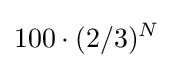
100\cdot (2/3)^{N}